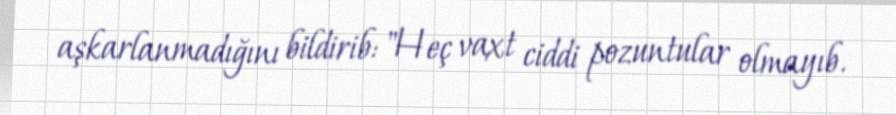
aşkarlanmadığını bildirib: "Heç vaxt ciddi pozuntular olmayıb.